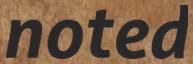
noted